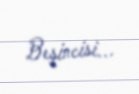
Beşincisi...